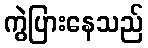
ကွဲပြားနေသည်